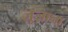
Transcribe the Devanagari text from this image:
ज़ुज़ाना